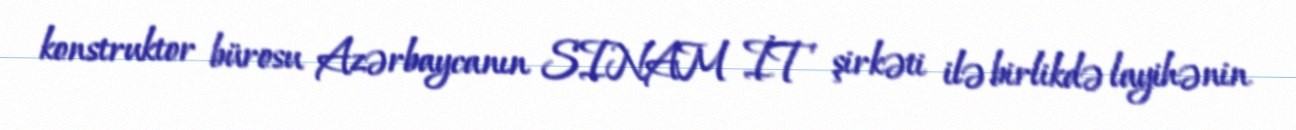
konstruktor bürosu Azərbaycanın SINAM İT şirkəti ilə birlikdə layihənin